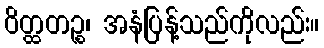
ဝိတ္ထတဉ္စ၊ အနံပြန့်သည်ကိုလည်း။